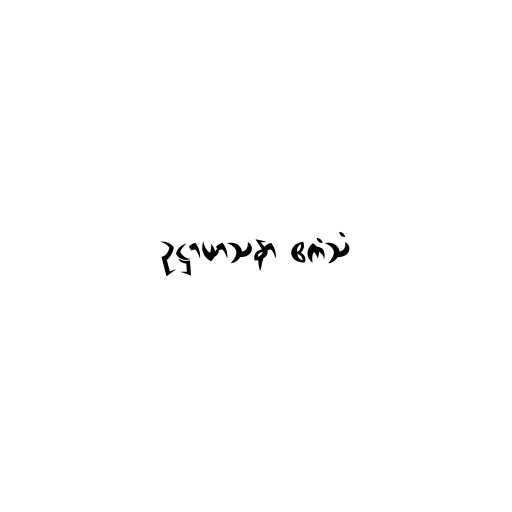
ဥဋ္ဌာယာသနာ ဧကံသံ